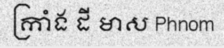
ក្រាំង ដី មាស Phnom